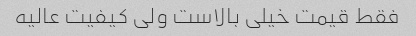
فقط قیمت خیلی بالاست ولی کیفیت عالیه